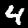
Label: 4